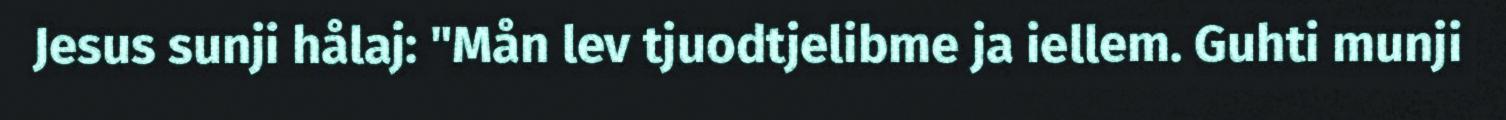
Jesus sunji hålaj: "Mån lev tjuodtjelibme ja iellem. Guhti munji